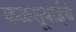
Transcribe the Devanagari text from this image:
कळसूबाईचे